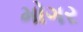
મોગર